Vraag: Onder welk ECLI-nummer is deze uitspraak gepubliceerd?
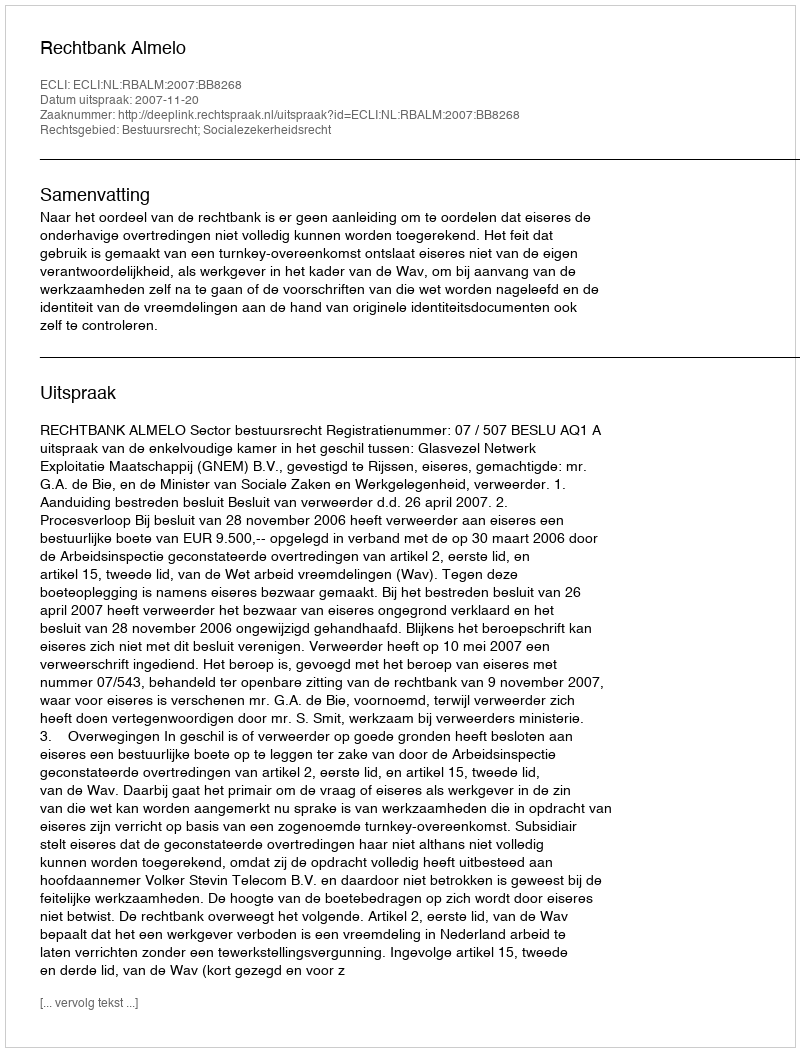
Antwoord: ECLI:NL:RBALM:2007:BB8268